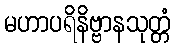
မဟာပရိနိဗ္ဗာနသုတ္တံ